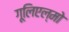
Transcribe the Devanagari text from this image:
गूलिएल्मो